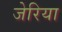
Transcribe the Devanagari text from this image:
जेरिया